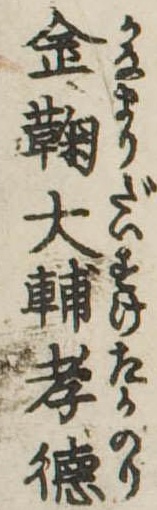
金鞠大輔孝徳